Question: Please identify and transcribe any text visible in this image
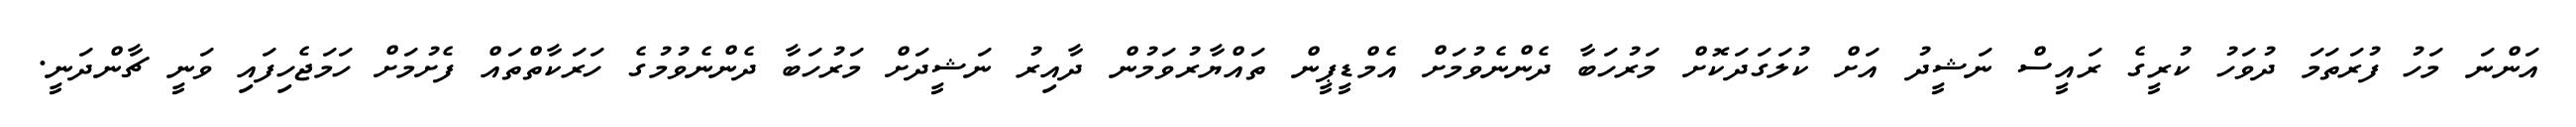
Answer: އަންނަ މަހު ފުރަތަމަ ދުވަހު ކުރީގެ ރައީސް ނަޝީދު އަށް ކުލަގަދަކޮށް މަރުހަބާ ދެންނެވުމަށް އެމްޑީޕީން ތައްޔާރުވަމުން ދާއިރު ނަޝީދަށް މަރުހަބާ ދެންނެވުމުގެ ހަރަކާތްތައް ފެށުމަށް ހަމަޖެހިފައި ވަނީ ޗާންދަނީ.